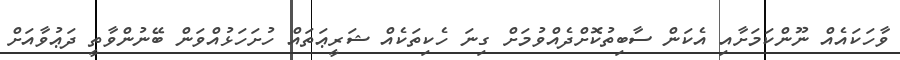
ވާހަކައެއް ނޫންކަމަށާއި އެކަން ސާބިތުކޮށްދެއްވުމަށް ގިނަ ހެކިތަކެއް ޝަރީޢަތައް ހުށަހަޅުއްވަން ބޭނުންވާތީ ދަޢުވާއަށް